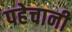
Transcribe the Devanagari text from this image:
पहेचानी